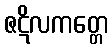
ဇဋိလကတ္တေ